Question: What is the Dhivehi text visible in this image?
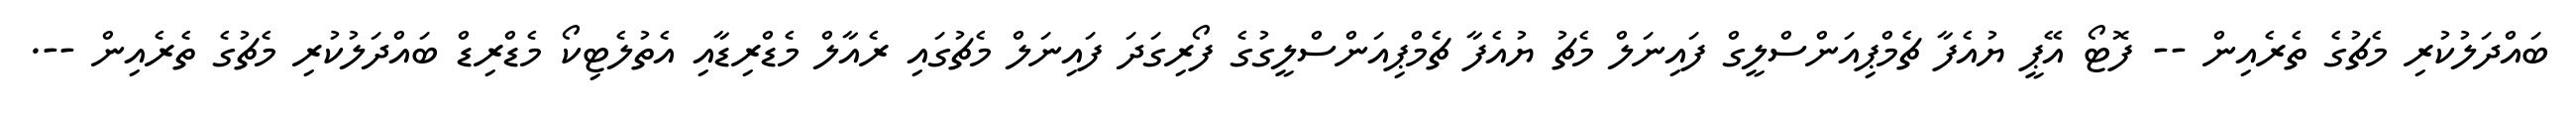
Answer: ބައްދަލުކުރި މެޗުގެ ތެރެއިން -- ފޮޓޯ އޭޕީ ޔުއެފާ ޗެމްޕިއަންސްލީގް ފައިނަލް މެޗު ޔުއެފާ ޗެމްޕިއަންސްލީގުގެ ފޯރިގަދަ ފައިނަލް މެޗުގައި ރެއާލް މެޑްރިޑާއި އެތުލެޓިކޯ މެޑްރިޑް ބައްދަލުކުރި މެޗުގެ ތެރެއިން --.